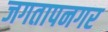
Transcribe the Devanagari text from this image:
जगतापनगर